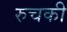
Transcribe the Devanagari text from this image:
रुचकी